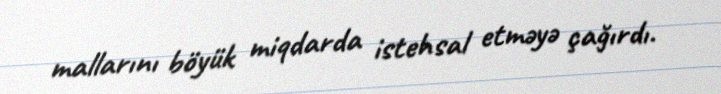
mallarını böyük miqdarda istehsal etməyə çağırdı.